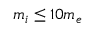
m _ { i } \le 1 0 m _ { e }